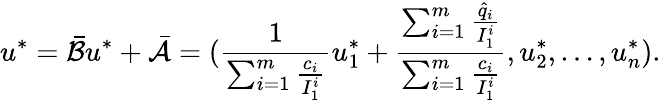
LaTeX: u^{*}=\bar{\mathcal{B}}u^{*}+\bar{\mathcal{A}}=(\frac{1}{\sum_{i=1}^{m}\frac{c_{i}}{I_{1}^{i}}}u_{1}^{*}+\frac{\sum_{i=1}^{m}\frac{\hat{q}_{i}}{I_{1}^{i}}}{\sum_{i=1}^{m}\frac{c_{i}}{I_{1}^{i}}},u_{2}^{*},\ldots,u_{n}^{*}).